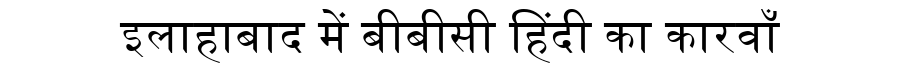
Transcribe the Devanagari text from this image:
इलाहाबाद में बीबीसी हिंदी का कारवाँ